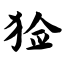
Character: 猃